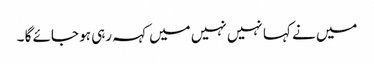
میں نے کہا نہیں نہیں میں کہہ رہی ہو جائے گا ۔